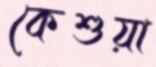
কেশুয়া